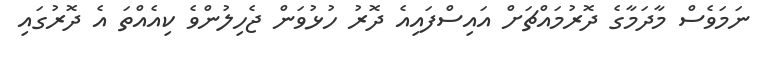
ނަމަވެސް މާދަމާގެ ދޮރުމައްޗަށް އައިސްފައިއެ ދޮރު ހުޅުވަން ޖެހިލުންވެ ކިއެއްތަ އެ ދޮރުގައި